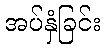
အပ်နှံခြင်း